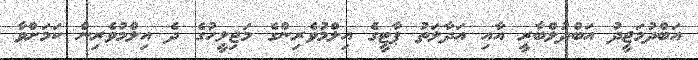
އަބްދުމަޖީދު އަބްދުލްބާރީ އާއި އަދާލަތު ޕާޓީގެ އިލްމުވެރިންގެ މަޖިލީހުގެ ދެ އިލްމުވެރިން ކަމަށްވާ